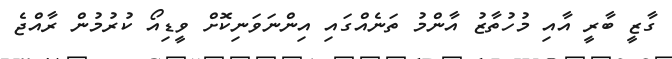
ގާޒީ ބާރީ އާއި މުހުތާޒު އާންމު ތަނެއްގައި އިންނަވަނިކޮށް ވީޑިއޯ ކުރުމުން ރާއްޖެ